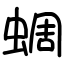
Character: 蜩